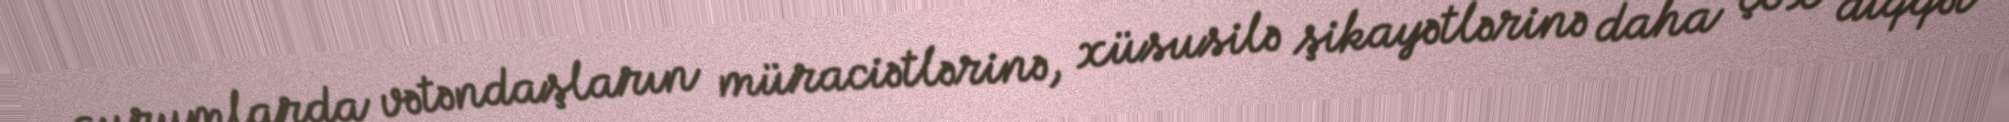
qurumlarda vətəndaşların müraciətlərinə, xüsusilə şikayətlərinə daha çox diqqət